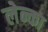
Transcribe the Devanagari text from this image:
लेन्का